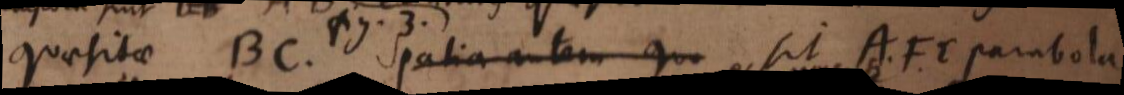
quaesitae BC. Spatia autem qu Sit AFE parabola